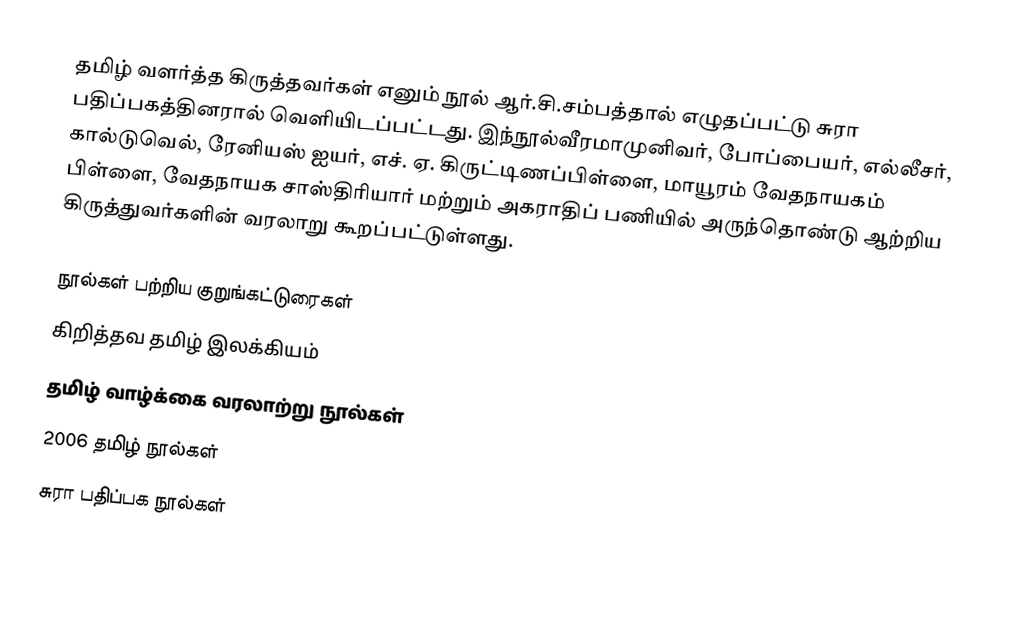
தமிழ் வளர்த்த கிருத்தவர்கள் எனும் நூல் ஆர்.சி.சம்பத்தால் எழுதப்பட்டு சுரா பதிப்பகத்தினரால் வெளியிடப்பட்டது. இந்நூல்வீரமாமுனிவர், போப்பையர், எல்லீசர், கால்டுவெல், ரேனியஸ் ஐயர், எச். ஏ. கிருட்டிணப்பிள்ளை, மாயூரம் வேதநாயகம் பிள்ளை, வேதநாயக சாஸ்திரியார் மற்றும் அகராதிப் பணியில் அருந்தொண்டு ஆற்றிய கிருத்துவர்களின் வரலாறு கூறப்பட்டுள்ளது.

நூல்கள் பற்றிய குறுங்கட்டுரைகள்
கிறித்தவ தமிழ் இலக்கியம்
தமிழ் வாழ்க்கை வரலாற்று நூல்கள்
2006 தமிழ் நூல்கள்
சுரா பதிப்பக நூல்கள்